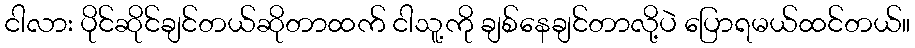
ငါလား ပိုင်ဆိုင်ချင်တယ်ဆိုတာထက် ငါသူ့ကို ချစ်နေချင်တာလို့ပဲ ပြောရမယ်ထင်တယ်။